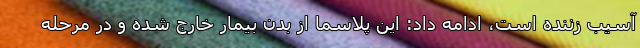
آسیب زننده است، ادامه داد: این پلاسما از بدن بیمار خارج شده و در مرحله